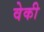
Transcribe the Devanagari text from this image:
वेकी